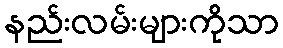
နည်းလမ်းများကိုသာ